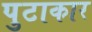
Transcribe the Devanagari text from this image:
पुटाकार